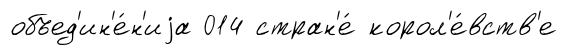
объед'ин'е́н'иjа 014 стран'е́ корол'е́вств'е